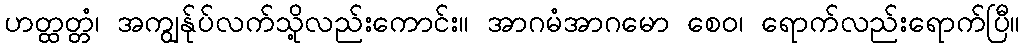
ဟတ္ထတ္တံ၊ အကျွန်ုပ်လက်သို့လည်းကောင်း။ အာဂမံအာဂမော စေဝ၊ ရောက်လည်းရောက်ပြီ။